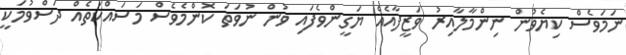
ނަމަވެސް ކިޔެވުން ނިންމާލާއިރު ވަޒީފާއެއް ޔަގީންވެފައި ވުން ނުވަތަ ކޮންމެވެސް މަސައްކަތެއް ދަސްވުމަކީ